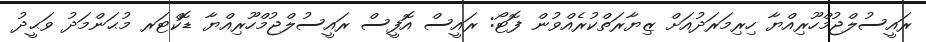
ރައީސުލްޖުމްހޫރިއްޔާ ހިރިމަރަދުއަށް ޒިޔާރަތްކުރެއްވުން ފޮޓޯ: ރައީސް އޮފީސް ރައީސުލްޖުމްހޫރިއްޔާ ޑޮކްޓަރ މުޙަންމަދު ވަޙީދު